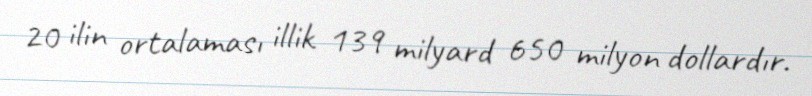
20 ilin ortalaması illik 139 milyard 650 milyon dollardır.